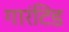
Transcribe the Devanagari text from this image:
गारंटिड